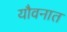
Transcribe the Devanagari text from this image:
यौवनात